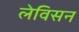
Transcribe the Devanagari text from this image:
लेविसन